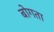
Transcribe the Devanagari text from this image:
बोगता